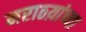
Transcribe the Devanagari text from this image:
मराठय़ांच्या